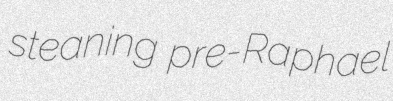
steaning pre-Raphael